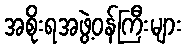
အစိုးရအဖွဲ့ဝန်ကြီးများ